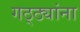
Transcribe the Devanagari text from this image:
गठ्ठ्यांना